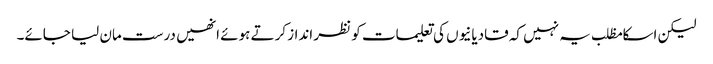
لیکن اسکا مظلب یہ نہیں کہ قادیانیوں کی تعلیمات کو نظر انداز کرتے ہوئے انھیں درست مان لیا جائے۔